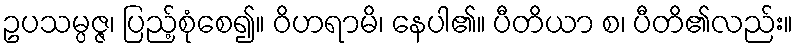
ဥပသမ္ပဇ္ဇ၊ ပြည့်စုံစေ၍။ ဝိဟရာမိ၊ နေပါ၏။ ပီတိယာ စ၊ ပီတိ၏လည်း။